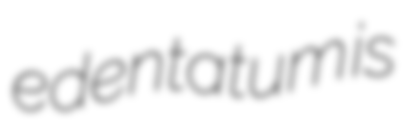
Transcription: edentatum is